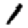
Digit: 1